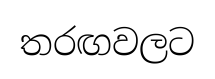
තරඟවලට